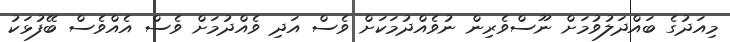
މިއަދުގެ ބައްދަލުވުމަށް ނޫސްވެރިން ނުވެއްދުމަކަށް ވެސް އަދި ވެއްދުމަށް ވެސް އެއްވެސް ބޭފުޅަކު